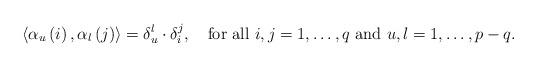
LaTeX: \begin{align*}\left< \alpha_{u}\left(i\right), \alpha_{l}\left(j\right)\right>=\delta_{u}^{l}\cdot\delta_{i}^{j},\quad\mbox{for all $i,j=1,\dots,q$ and $u,l=1,\dots,p-q$.}\end{align*}